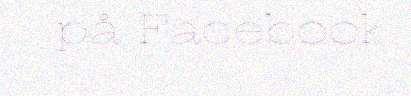
på Facebook